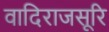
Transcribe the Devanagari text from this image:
वादिराजसूरि